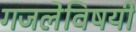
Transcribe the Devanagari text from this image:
गजलेविषयी